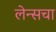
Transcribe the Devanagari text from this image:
लेन्सचा